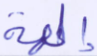
إلهه